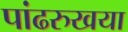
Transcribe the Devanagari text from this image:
पांढरुखया